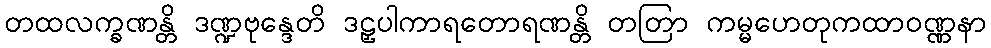
တထလက္ခဏန္တိ ဒဏ္ဍဗုန္ဒေတိ ဒဠှပါကာရတောရဏန္တိ တတြာ ကမ္မဟေတုကထာဝဏ္ဏနာ